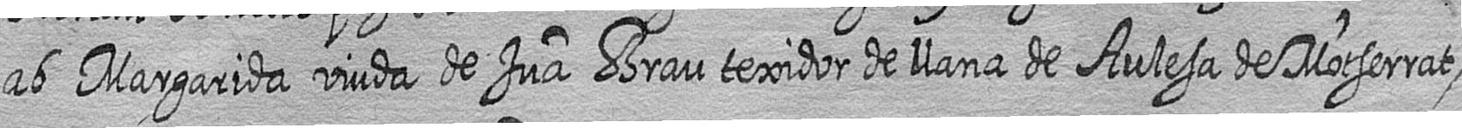
ab Margarida viuda de Jua Brau texidor de llana de Aulesa de Motserrat